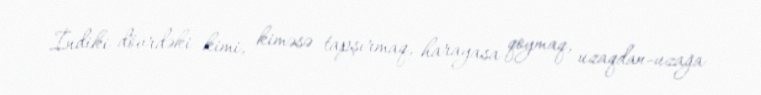
İndiki dövrdəki kimi, kiməsə tapşırmaq, harayasa qoymaq, uzaqdan-uzağa